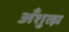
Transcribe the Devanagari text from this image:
अँशुत्झ